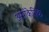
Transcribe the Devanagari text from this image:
असांकेतिक